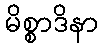
မိစ္စာဒိနာ